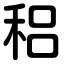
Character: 稆